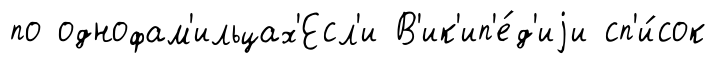
по однофам'ильцах'Есл'и В'ик'ип'е́д'иjи сп'и́сок